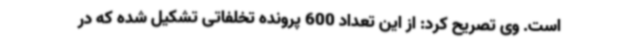
است. وی تصریح کرد: از این تعداد 600 پرونده تخلفاتی تشکیل شده که در